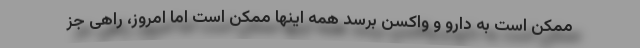
ممکن است به دارو و واکسن برسد همه اینها ممکن است اما امروز، راهی جز